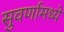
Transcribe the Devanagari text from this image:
सुवर्णामध्ये